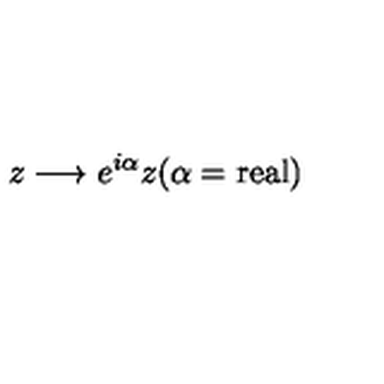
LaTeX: z \longrightarrow e ^ { i \alpha } z ( \alpha = \mathrm { r e a l } )